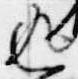
返